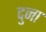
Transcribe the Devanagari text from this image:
दुना